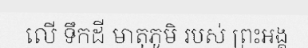
លើ ទឹកដី មាតុភូមិ របស់ ព្រះអង្គ